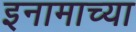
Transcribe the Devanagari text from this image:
इनामाच्या